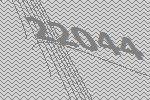
22044